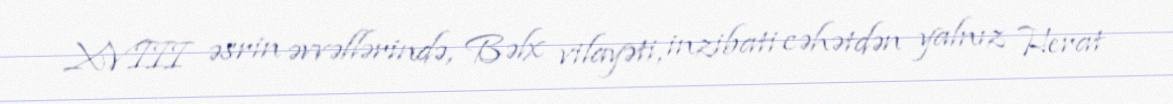
XVIII əsrin əvvəllərində, Bəlx vilayəti, inzibati cəhətdən yalnız Herat